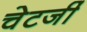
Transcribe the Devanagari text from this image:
चेटर्जी